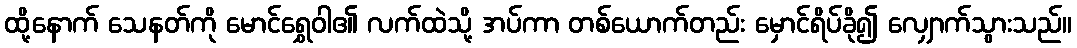
ထို့နောက် သေနတ်ကို မောင်ရွှေဝါ၏ လက်ထဲသို့ အပ်ကာ တစ်ယောက်တည်း မှောင်ရိပ်ခို၍ လျှောက်သွားသည်။